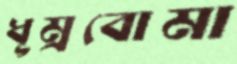
ধূম্রবোমা